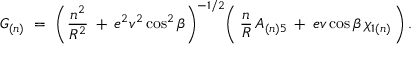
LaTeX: G _ { ( n ) } \ = \ \bigg ( \frac { n ^ { 2 } } { R ^ { 2 } } \: + \: e ^ { 2 } v ^ { 2 } \cos ^ { 2 } \beta \bigg ) ^ { - 1 / 2 } \bigg ( \, \frac { n } { R } \, A _ { ( n ) 5 } \: + \: e v \cos \beta \, \chi _ { 1 ( n ) } \, \bigg ) \, .